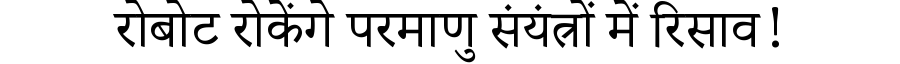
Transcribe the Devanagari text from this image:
रोबोट रोकेंगे परमाणु संयंत्रों में रिसाव!